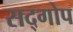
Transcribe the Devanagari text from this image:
सद्गोप